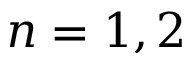
n = 1 , 2